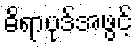
ဓိရာပုဒ်အဖွင့်